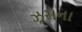
ઝૂસના